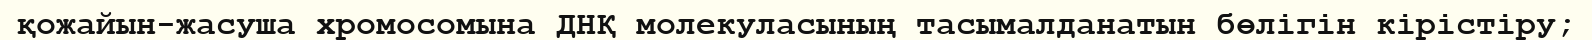
қожайын-жасуша хромосомына ДНҚ молекуласының тасымалданатын бөлігін кірістіру;